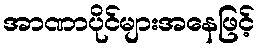
အာဏာပိုင်များအနေဖြင့်